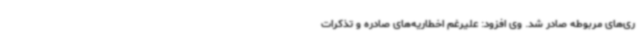
ری‌های مربوطه صادر شد. وی افزود: علیرغم اخطاریه‌های صادره و تذکرات